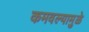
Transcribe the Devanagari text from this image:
कमवल्यामुळे